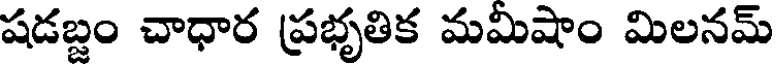
షడబ్దం చాధార ప్రభృతిక మమిషాం మిలనమ్